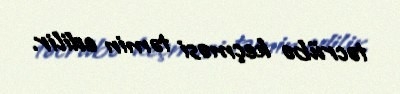
təcrübə keçməsi təmin edilir.